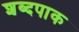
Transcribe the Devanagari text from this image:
शब्दपाक